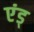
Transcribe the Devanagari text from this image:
एंड्